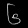
Digit: ၆